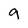
Character: 9